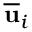
\overline { { \mathbf { u } } } _ { i }